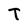
Character: T